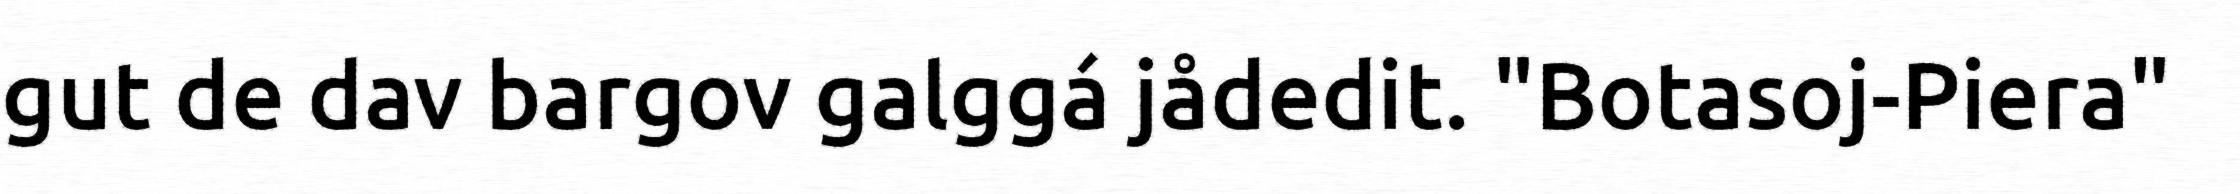
gut de dav bargov galggá jådedit. "Botasoj-Piera"